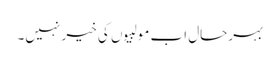
بہرحال اب مولبیوں کی خیر نہیں۔